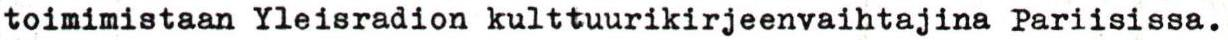
toimimistaan Yleisradion kulttuurikirjeenvaihtajina Pariisissa.